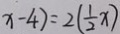
x - 4 ) = 2 ( \frac { 1 } { 2 } x )